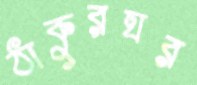
ঠাকুরঘর